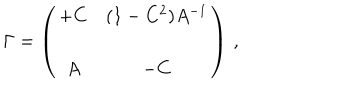
LaTeX: \Gamma = \left( \begin{matrix} { { + C } } & { { ( 1 - C ^ { 2 } ) A ^ { - 1 } } } \\ { { A } } & { { - C } } \\ \end{matrix} \right) \, ,